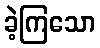
ခဲ့ကြသော